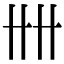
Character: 𠦌